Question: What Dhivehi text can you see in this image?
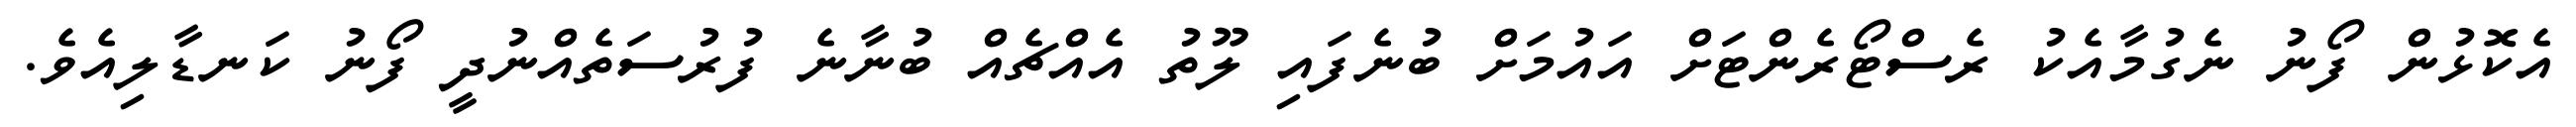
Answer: އެކޮޅުން ފޯނު ނެގުމާއެކު ރެސްޓޯރެންޓަށް އައުމަށް ބުނެފައި ލޫތު އެއްޗެއް ބުނާނެ ފުރުސަތެއްނުދީ ފޯނު ކަނޑާލިއެވެ.